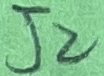
Text: J2